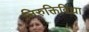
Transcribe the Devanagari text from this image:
निरुक्तिविद्या